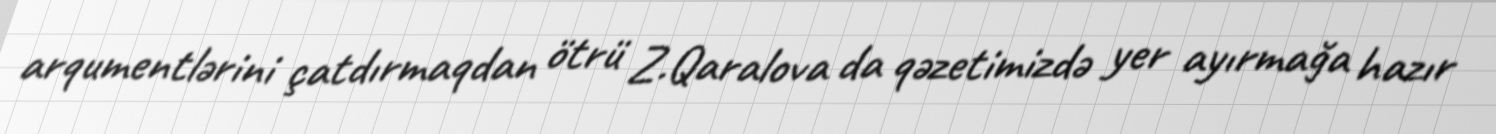
arqumentlərini çatdırmaqdan ötrü Z.Qaralova da qəzetimizdə yer ayırmağa hazır